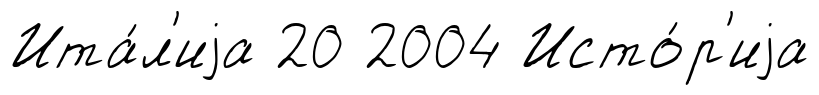
Ита́л'иjа 20 2004 Исто́р'иjа